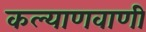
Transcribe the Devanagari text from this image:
कल्याणवाणी